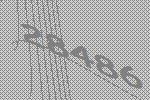
28486